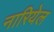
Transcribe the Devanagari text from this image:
नारियेल